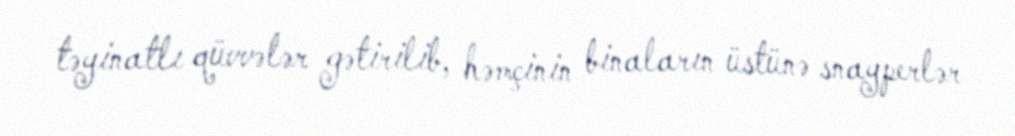
təyinatlı qüvvələr gətirilib, həmçinin binaların üstünə snayperlər